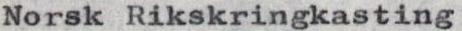
Norsk Rikskringkasting